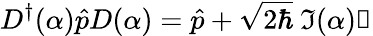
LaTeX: D^{\dagger}(\alpha)\hat{p}D(\alpha)=\hat{p}+\sqrt{2\hbar}~\mathfrak{I}(\alpha)\mathbb{1}